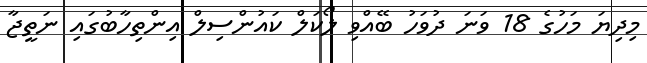
މިދިޔަ މަހުގެ 18 ވަނަ ދުވަހު ބޭއްވި ލޯކަލް ކައުންސިލް އިންތިހާބުގައި ނަތީޖާ